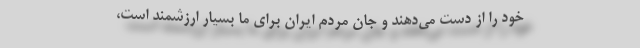
خود را از دست می‌دهند و جان مردم ایران برای ما بسیار ارزشمند است،